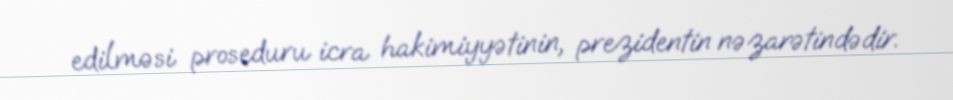
edilməsi proseduru icra hakimiyyətinin, prezidentin nəzarətindədir.